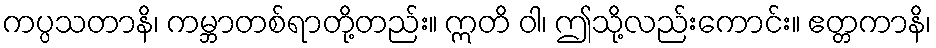
ကပ္ပသတာနိ၊ ကမ္ဘာတစ်ရာတို့တည်း။ ဣတိ ဝါ၊ ဤသို့လည်းကောင်း။ ဧတ္တကာနိ၊